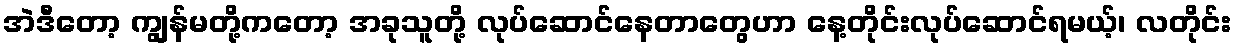
အဲဒီတော့ ကျွန်မတို့ကတော့ အခုသူတို့ လုပ်ဆောင်နေတာတွေဟာ နေ့တိုင်းလုပ်ဆောင်ရမယ့်၊ လတိုင်း